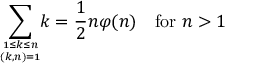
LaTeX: \sum _ { 1 \leq k \leq n \atop ( k , n ) = 1 } \! \! k = { \frac { 1 } { 2 } } n \varphi ( n ) \quad { \mathrm { f o r ~ } } n > 1